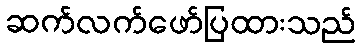
ဆက်လက်ဖော်ပြထားသည်